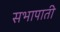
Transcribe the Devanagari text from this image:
सभापाती